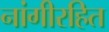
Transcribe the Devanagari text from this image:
नांगीरहित